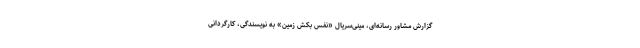
گزارش مشاور رسانه‌ای، مینی‌سریال «نفس بکش زمین» به نویسندگی، کارگردانی